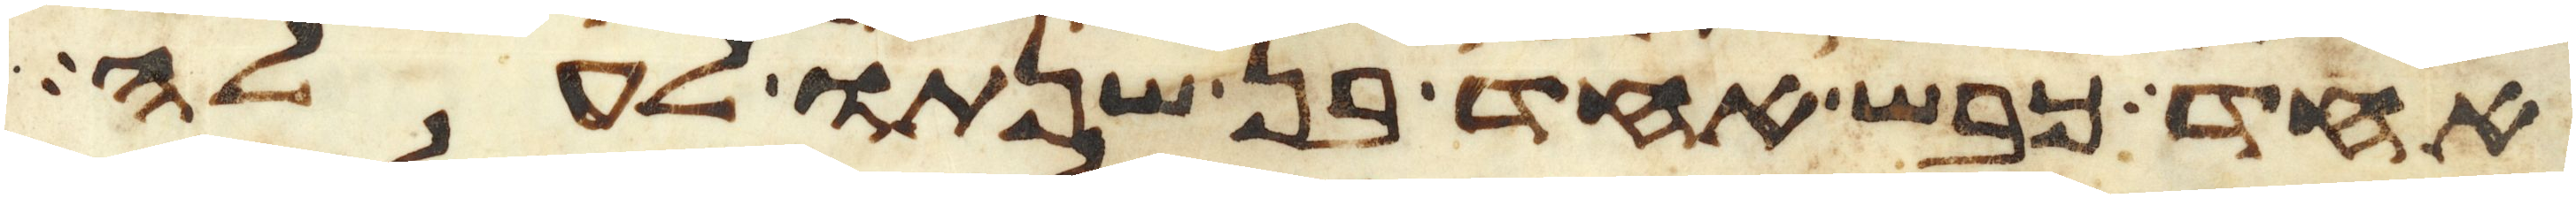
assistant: אחד כבש אחד בן שנתו לעלה